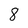
Character: 8